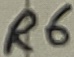
Text: R6